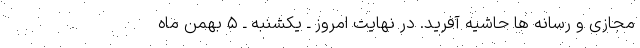
مجازی و رسانه ها حاشیه آفرید. در نهایت امروز ـ یکشنبه ـ ۵ بهمن ماه